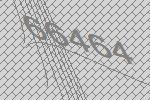
66464